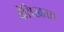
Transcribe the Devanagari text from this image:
बेसिखतस